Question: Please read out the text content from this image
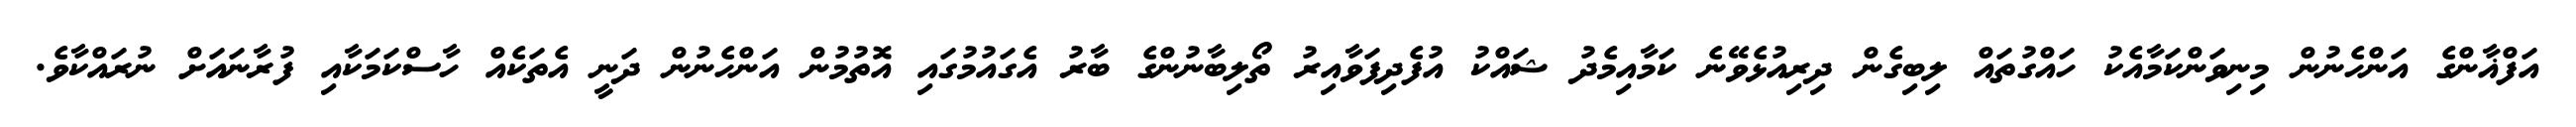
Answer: އަފްޣާންގެ އަންހެނުން މިނިވަންކަމާއެކު ހައްގުތައް ލިބިގެން ދިރިއުޅެވޭނެ ކަމާއިމެދު ޝައްކު އުފެދިފަވާއިރު ތޯލިބާނުންގެ ބާރު އެގައުމުގައި އޮތުމުން އަންހެނުން ދަނީ އެތަކެއް ހާސްކަމަކާއި ފުރާނައަށް ނުރައްކާވެ.